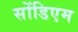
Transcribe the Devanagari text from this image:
सोंडिएम